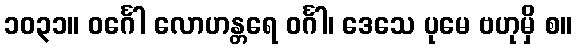
၁၀၃၁။ ဝင်္ဂေါ လောဟန္တရေ ဝင်္ဂါ၊ ဒေသေ ပုမေ ဗဟုမှိ စ။